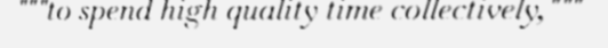
"""to spend high quality time collectively,"""